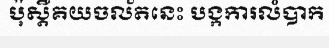
ប៉ុស្តិ៍គយចល័តនេះ បង្កការលំបាក